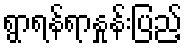
ရွာရန်ရာနှုန်းပြည့်